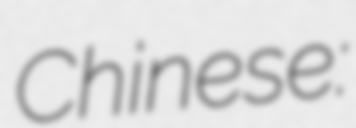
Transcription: Chinese: